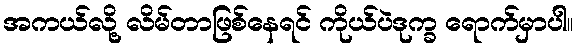
အကယ်လို့ လိမ်တာဖြစ်နေရင် ကိုယ်ပဲဒုက္ခ ရောက်မှာပါ။